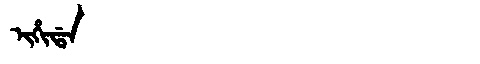
Manchu: ᡳᡥᡳᡩᠠ
Romanization: IHIDA